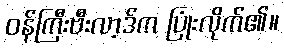
ဝန်ကြီးဗီးလာ့ဒ်က ပြုံးလိုက်၏။